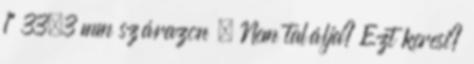
1" 33,3 mm szárazon . Nem találja? Ezt keresi?